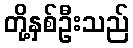
တို့နှစ်ဦးသည်